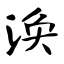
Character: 涣